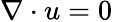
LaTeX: \nabla\cdot u=0